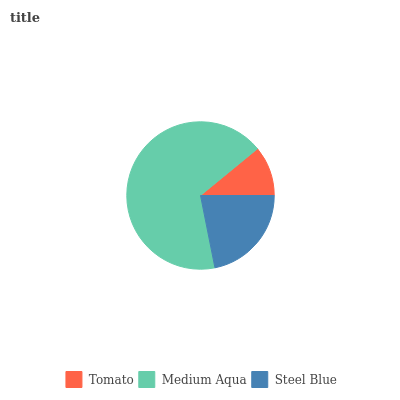
| Tomato | Medium Aqua | Steel Blue |
 | --- | --- | --- |
 | 10.9% | 67.2% | 21.8% |